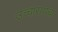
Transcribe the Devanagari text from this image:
उच्चारायचा